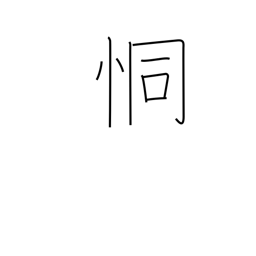
Meaning: fearful